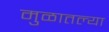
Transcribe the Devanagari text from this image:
मुळातल्या